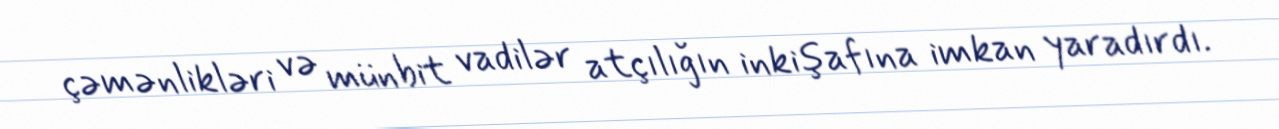
çəmənlikləri və münbit vadilər atçılığın inkişafına imkan yaradırdı.